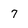
Character: 7